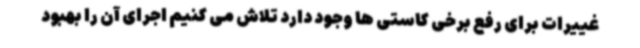
غییرات برای رفع برخی کاستی ها وجود دارد تلاش می کنیم اجرای آن را بهبود